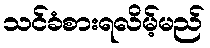
သင်ခံစားရလိမ့်မည်